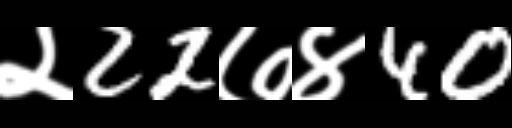
Text: २22७४40